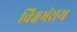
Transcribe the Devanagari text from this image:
विश्वभंराय